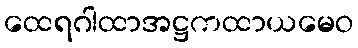
ထေရဂါထာအဋ္ဌကထာယမေဝ